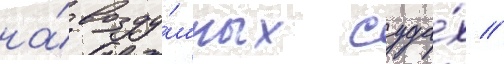
на́ возду́шных суда́х //